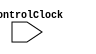
module SlowCounter(
		input controlClock,
		
    );


endmodule